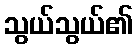
သွယ်သွယ်၏